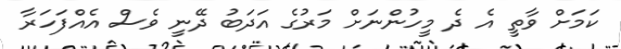
ކަމަށް ވާތީ އެ ދެ މީހުންނަށް މަރުގެ އަދަބު ދޭނީ ވެސް އެއްފަހަރާ